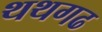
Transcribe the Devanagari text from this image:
थथगढ